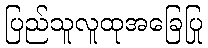
ပြည်သူလူထုအခြေပြု